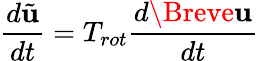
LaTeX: \frac{d\tilde{\mathbf{u}}}{dt}=T_{rot}\frac{d\Breve{\mathbf{u}}}{dt}